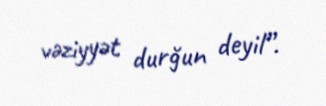
vəziyyət durğun deyil”.